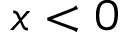
x < 0